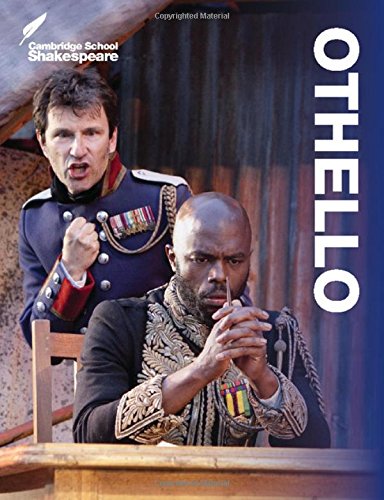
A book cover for Othello (Cambridge School Shakespeare); Rex Gibson; Children's Books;